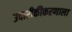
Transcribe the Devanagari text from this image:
उदारीकीकरणाला